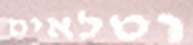
וטלאים